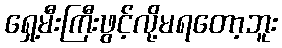
ရှေ့မီးကြီးဖွင့်လို့မရတော့ဘူး